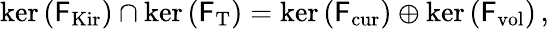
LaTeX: \begin{array}{r}{\mathrm{ker}\left(\mathsf{F}_{\mathrm{Kir}}\right)\cap\mathrm{ker}\left(\mathsf{F}_{\mathrm{T}}\right)=\mathrm{ker}\left(\mathsf{F}_{\mathrm{cur}}\right)\oplus\mathrm{ker}\left(\mathsf{F}_{\mathrm{vol}}\right)\, ,}\end{array}